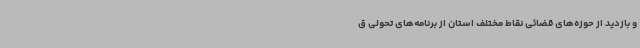
و بازدید از حوزه‌های قضائی نقاط مختلف استان از برنامه‌های تحولی ق